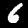
Label: 6